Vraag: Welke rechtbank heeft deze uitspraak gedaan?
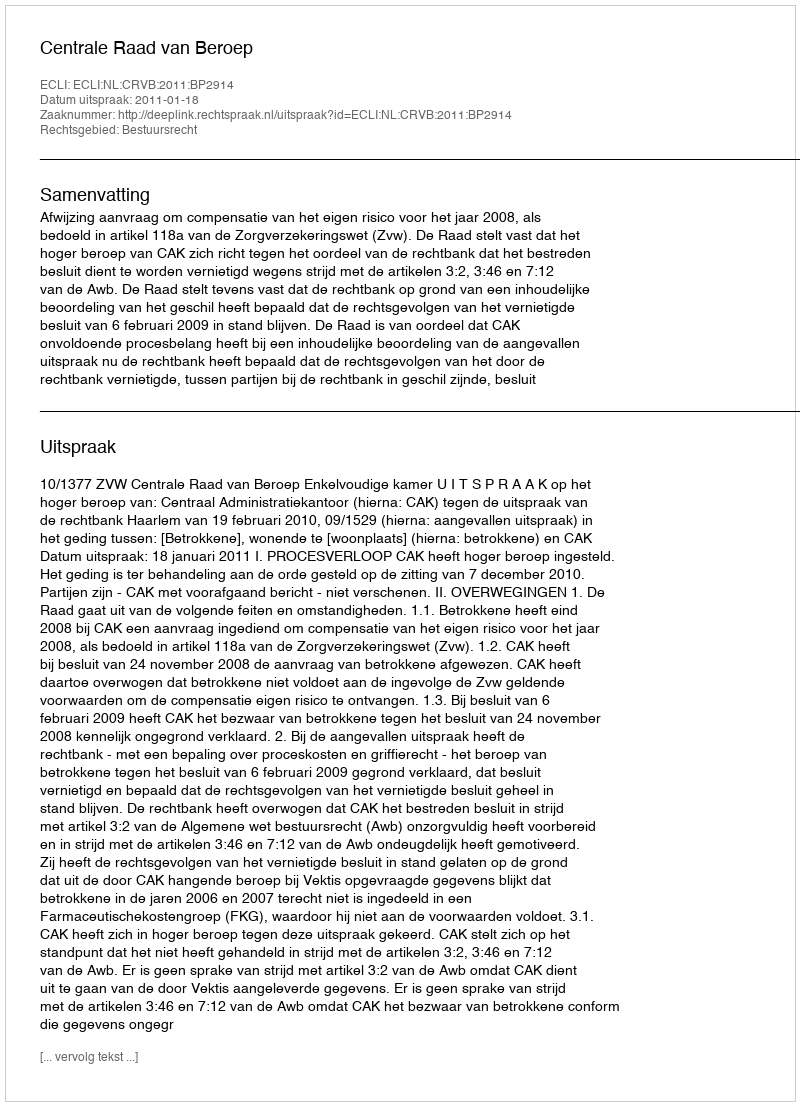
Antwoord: Centrale Raad van Beroep